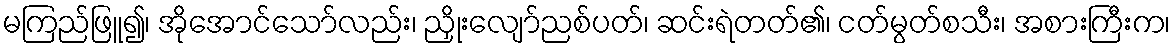
မကြည်ဖြူ၍၊ အိုအောင်သော်လည်း၊ ညှိုးလျော်ညစ်ပတ်၊ ဆင်းရဲတတ်၏၊ ငတ်မွတ်စသီး၊ အစားကြီးက၊